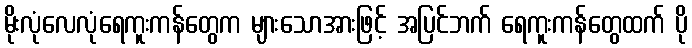
မိုးလုံလေလုံရေကူးကန်တွေက များသောအားဖြင့် အပြင်ဘက် ရေကူးကန်တွေထက် ပို